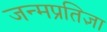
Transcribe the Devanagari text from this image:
जन्मप्रतिज्ञा